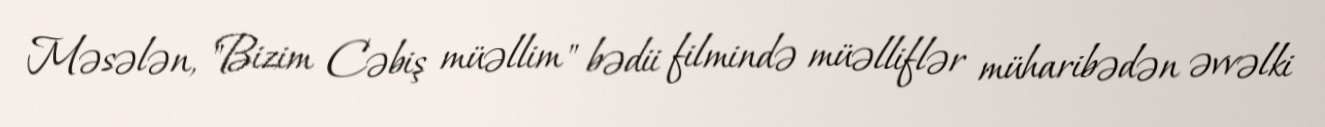
Məsələn, "Bizim Cəbiş müəllim" bədii filmində müəlliflər müharibədən əvvəlki